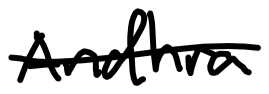
Text: Andhra
Cross-out: single-line
Writing tool: digital_black